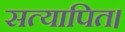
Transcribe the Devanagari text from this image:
सत्यापित।